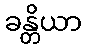
ခန္တိယာ